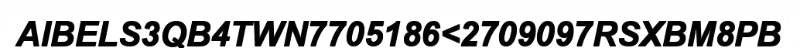
AIBELS3QB4TWN7705186<2709097RSXBM8PB